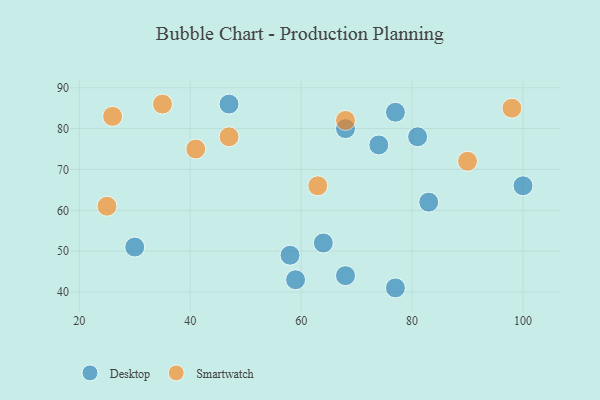
{"axis": {"x": "GDP", "y": "Life Expectancy"}, "legend": ["Desktop", "Smartwatch"], "data": [{"x": "30", "y": 51, "type": "Desktop"}, {"x": "74", "y": 76, "type": "Desktop"}, {"x": "68", "y": 80, "type": "Desktop"}, {"x": "100", "y": 66, "type": "Desktop"}, {"x": "64", "y": 52, "type": "Desktop"}, {"x": "58", "y": 49, "type": "Desktop"}, {"x": "59", "y": 43, "type": "Desktop"}, {"x": "81", "y": 78, "type": "Desktop"}, {"x": "68", "y": 44, "type": "Desktop"}, {"x": "77", "y": 84, "type": "Desktop"}, {"x": "83", "y": 62, "type": "Desktop"}, {"x": "77", "y": 41, "type": "Desktop"}, {"x": "47", "y": 86, "type": "Desktop"}, {"x": "98", "y": 85, "type": "Smartwatch"}, {"x": "90", "y": 72, "type": "Smartwatch"}, {"x": "26", "y": 83, "type": "Smartwatch"}, {"x": "63", "y": 66, "type": "Smartwatch"}, {"x": "47", "y": 78, "type": "Smartwatch"}, {"x": "68", "y": 82, "type": "Smartwatch"}, {"x": "35", "y": 86, "type": "Smartwatch"}, {"x": "25", "y": 61, "type": "Smartwatch"}, {"x": "41", "y": 75, "type": "Smartwatch"}]}